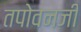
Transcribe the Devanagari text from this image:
तपोवनजी